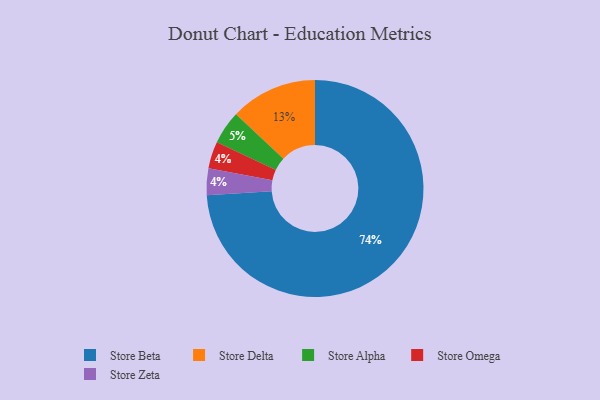
{"axis": {"x": "Category", "y": "Percentage"}, "legend": ["Store Alpha", "Store Beta", "Store Delta", "Store Omega", "Store Zeta"], "data": [{"x": "Store Omega", "y": 4, "type": "Store Omega"}, {"x": "Store Beta", "y": 74, "type": "Store Beta"}, {"x": "Store Alpha", "y": 5, "type": "Store Alpha"}, {"x": "Store Zeta", "y": 4, "type": "Store Zeta"}, {"x": "Store Delta", "y": 13, "type": "Store Delta"}]}